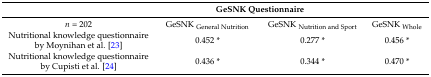
<table><thead><tr><td></td><td colspan="2"><b>GeSNK Questionnaire</b></td><td></td></tr></thead><tbody><tr><td><i>n</i> = 202</td><td>GeSNK <sub>General Nutrition</sub></td><td>GeSNK <sub>Nutrition and Sport</sub></td><td>GeSNK <sub>Whole</sub></td></tr><tr><td>Nutritional knowledge questionnaire by Moynihan et al. [23]</td><td>0.452 *</td><td>0.277 *</td><td>0.456 *</td></tr><tr><td>Nutritional knowledge questionnaire by Cupisti et al. [24]</td><td>0.436 *</td><td>0.344 *</td><td>0.470 *</td></tr></tbody></table>